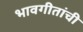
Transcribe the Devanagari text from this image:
भावगीतांची